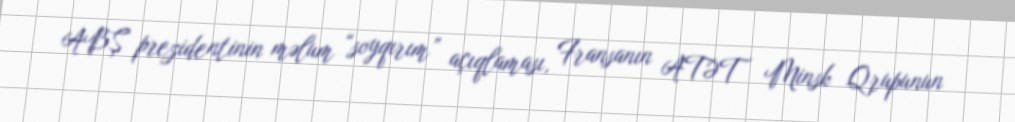
ABŞ prezidentinin məlum “soyqırım” açıqlaması, Fransanın ATƏT Minsk Qrupunun